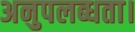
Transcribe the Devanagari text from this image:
अनुपलब्धता।